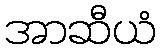
အာဆီယံ